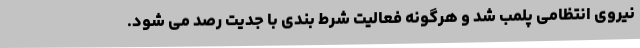
نیروی انتظامی پلمب شد و هرگونه فعالیت شرط بندی با جدیت رصد می شود.